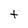
Character: t